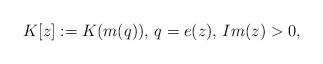
LaTeX: \begin{align*}K[z]:=K(m(q))\textrm{, }q=e(z)\textrm{, }Im(z)>0,\end{align*}